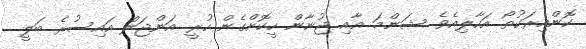
ކޮންއިރަކުތޯ އަހާލިއެވެ. ޝަންމަ އާއި ޖުނާން ހީކޮށްގެން ހުރީ އަންޖަލް އައިސުރެ ބަލީ